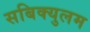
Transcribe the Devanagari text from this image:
सबिक्युलम